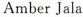
Amber Jala